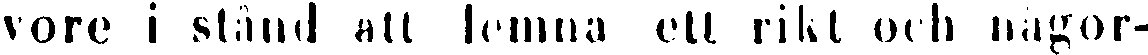
vore i stånd att lemna ett rikt ocg någor-